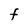
Character: F